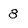
Character: 8